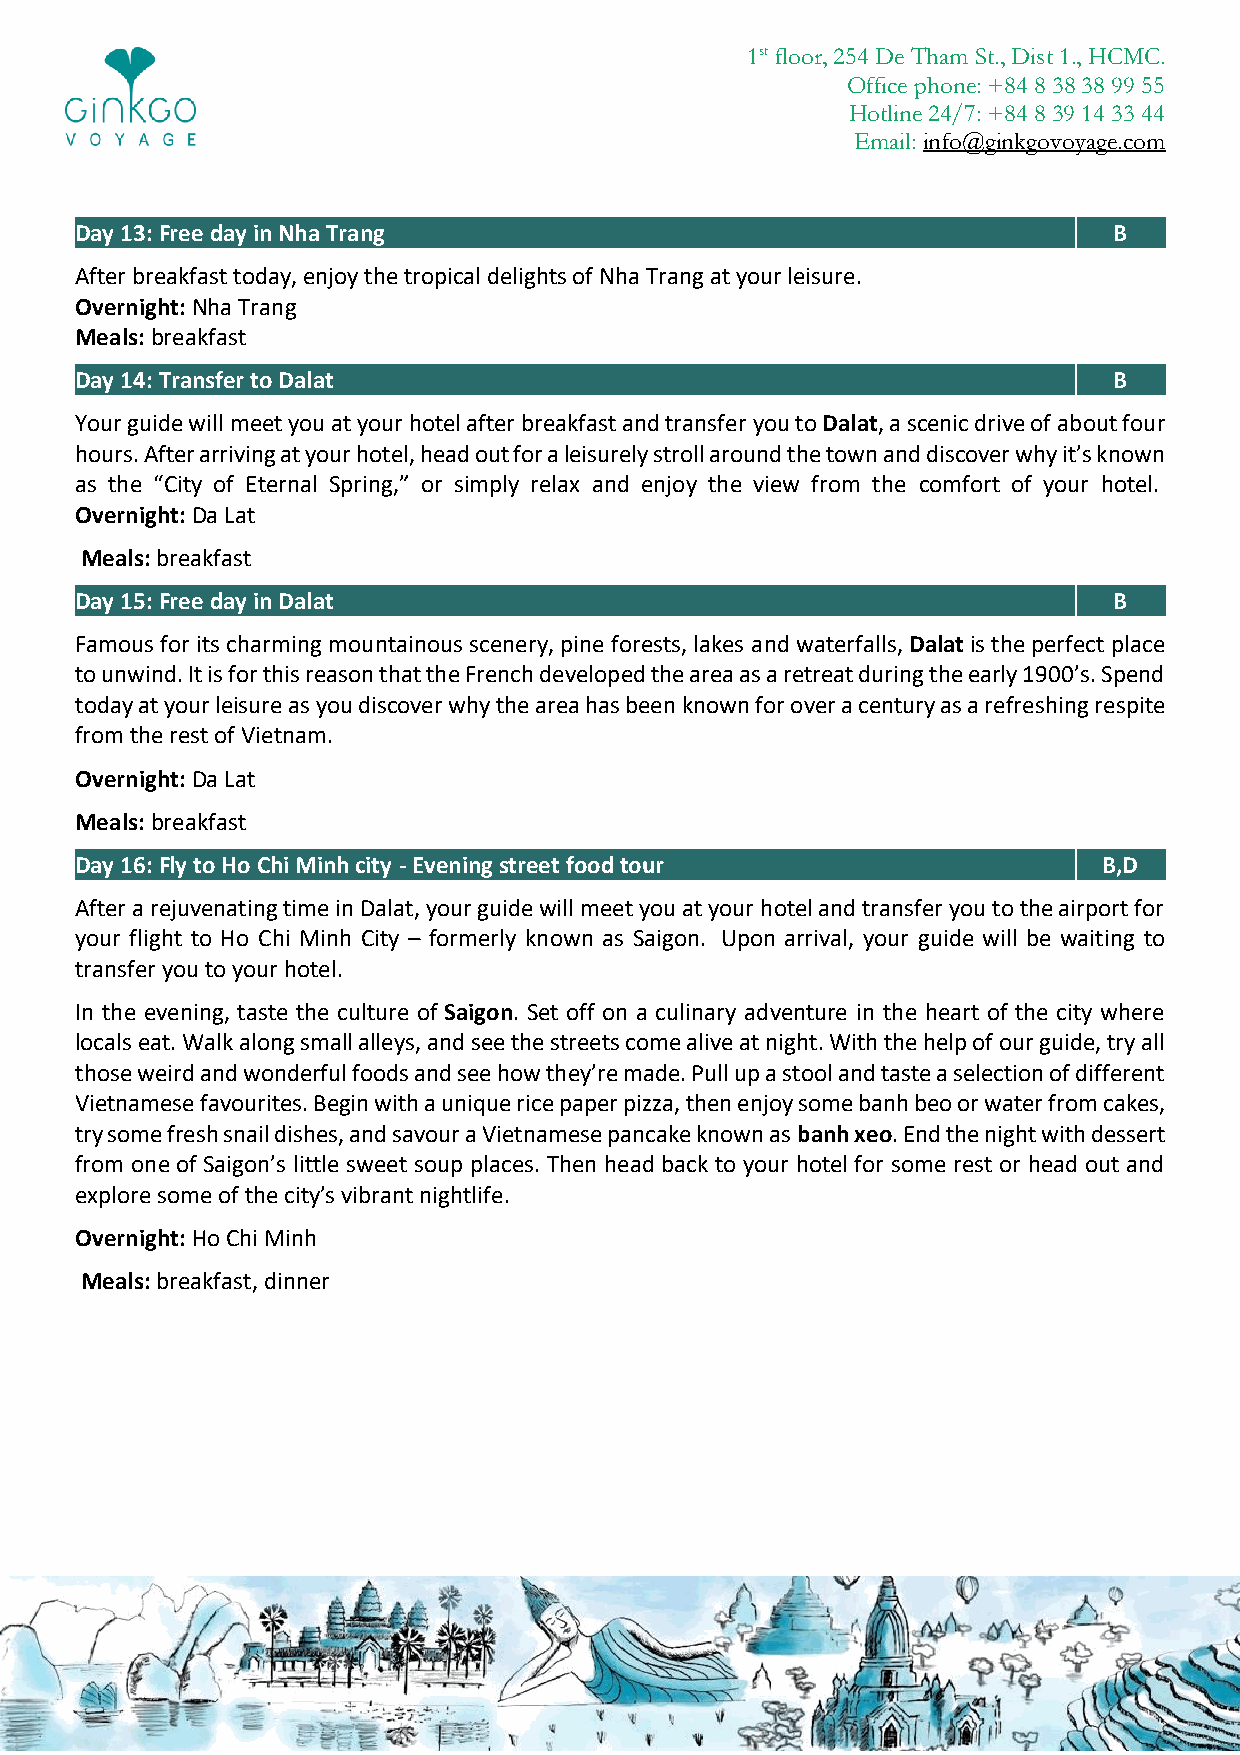
1st floor, 254 De Tham St., Dist 1., HCMC.
 Office phone: +84 8 38 38 99 55
 Hotline 24/7: +84 8 39 14 33 44
 Email: info@ginkgovoyage.com
 Day 13: Free day in Nha Trang                                        B
 After breakfast today, enjoy the tropical delights of Nha Trang at your leisure.
 Overnight: Nha Trang
 Meals: breakfast
 Day 14: Transfer to Dalat                                            B
 Your guide will meet you at your hotel after breakfast and transfer you to Dalat, a scenic drive of about four
 hours. After arriving at your hotel, head out for a leisurely stroll around the town and discover why it’s known
 as the “City of Eternal Spring,” or simply relax and enjoy the view from the comfort of your hotel.
 Overnight: Da Lat
 Meals: breakfast
 Day 15: Free day in Dalat                                            B
 Famous for its charming mountainous scenery, pine forests, lakes and waterfalls, Dalat is the perfect place
 to unwind. It is for this reason that the French developed the area as a retreat during the early 1900’s. Spend
 today at your leisure as you discover why the area has been known for over a century as a refreshing respite
 from the rest of Vietnam.
 Overnight: Da Lat
 Meals: breakfast
 Day 16: Fly to Ho Chi Minh city - Evening street food tour          B,D
 After a rejuvenating time in Dalat, your guide will meet you at your hotel and transfer you to the airport for
 your flight to Ho Chi Minh City – formerly known as Saigon. Upon arrival, your guide will be waiting to
 transfer you to your hotel.
 In the evening, taste the culture of Saigon. Set off on a culinary adventure in the heart of the city where
 locals eat. Walk along small alleys, and see the streets come alive at night. With the help of our guide, try all
 those weird and wonderful foods and see how they’re made. Pull up a stool and taste a selection of different
 Vietnamese favourites. Begin with a unique rice paper pizza, then enjoy some banh beo or water from cakes,
 try some fresh snail dishes, and savour a Vietnamese pancake known as banh xeo. End the night with dessert
 from one of Saigon’s little sweet soup places. Then head back to your hotel for some rest or head out and
 explore some of the city’s vibrant nightlife.
 Overnight: Ho Chi Minh
 Meals: breakfast, dinner